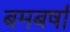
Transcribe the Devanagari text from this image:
बमबर्षा